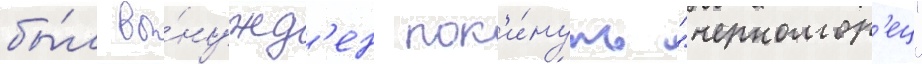
бы́л вы́нужд'ен пок'и́нуть "черномор'ец"